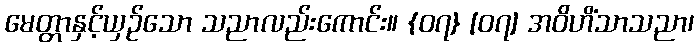
မေတ္တာနှင့်ယှဉ်သော သညာလည်းကောင်း။ {၀၇} [၀၇] အဝိဟိံသာသညာ၊